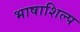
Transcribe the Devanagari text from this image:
भाषाशिल्प